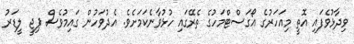
ވިދާޅުވެފައި އޮތީ މިއަހަރުގެ އޯގަސްޓްމަހުގެ ތެރޭގައި ހުޅުވާނެކަމަށެވެ. އެދުވަހުން ގައިމުވެސް ޕިޖީ ލީޑަރު